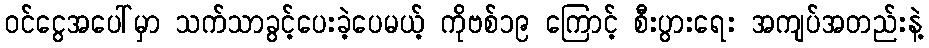
ဝင်ငွေအပေါ်မှာ သက်သာခွင့်ပေးခဲ့ပေမယ့် ကိုဗစ်၁၉ ကြောင့် စီးပွားရေး အကျပ်အတည်းနဲ့